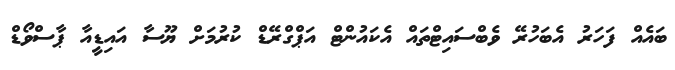
ބައެއް ފަހަރު އެބަހުރޭ ވެބްސައިޓްތައް އެކައުންޓް އަޕްގްރޭޑް ކުރުމަށް ޔޫސާ އައިޑީއާ ޕާސްވޯޑް